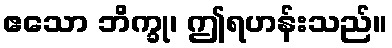
ဧသော ဘိက္ခု၊ ဤရဟန်းသည်။